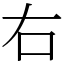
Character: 右